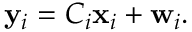
\mathbf { y } _ { i } = C _ { i } \mathbf { x } _ { i } + \mathbf { w } _ { i } .